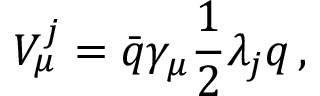
V _ { \mu } ^ { j } = { \bar { q } } \gamma _ { \mu } { \frac { 1 } { 2 } } \lambda _ { j } q \, ,